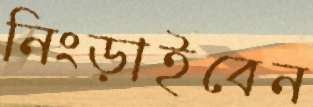
নিংড়াইবেন